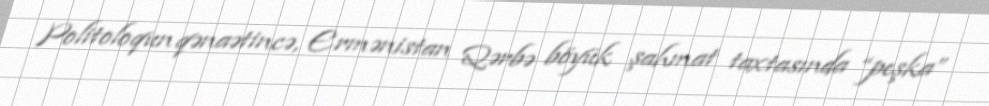
Politoloqun qənaətincə, Ermənistan Qərbə böyük şahmat taxtasında “peşka”